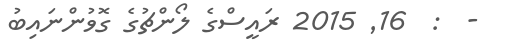
-  :  16